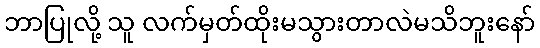
ဘာပြုလို့ သူ လက်မှတ်ထိုးမသွားတာလဲမသိဘူးနော်